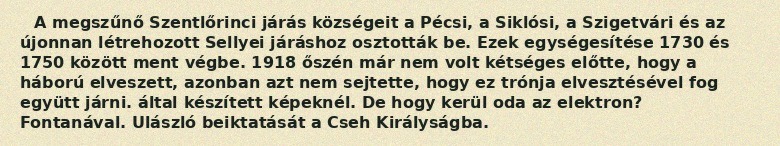
A megszűnő Szentlőrinci járás községeit a Pécsi, a Siklósi, a Szigetvári és az újonnan létrehozott Sellyei járáshoz osztották be. Ezek egységesítése 1730 és 1750 között ment végbe. 1918 őszén már nem volt kétséges előtte, hogy a háború elveszett, azonban azt nem sejtette, hogy ez trónja elvesztésével fog együtt járni. által készített képeknél. De hogy kerül oda az elektron? Fontanával. Ulászló beiktatását a Cseh Királyságba.